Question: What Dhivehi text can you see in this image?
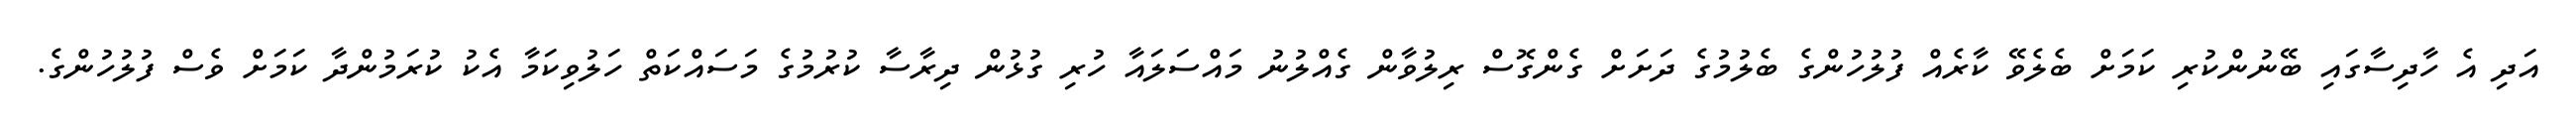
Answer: އަދި އެ ހާދިސާގައި ބޭނުންކުރި ކަމަށް ބެލެވޭ ކާރެއް ފުލުހުންގެ ބެލުމުގެ ދަށަށް ގެންގޮސް ރިލުވާން ގެއްލުނު މައްސަލައާ ހުރި ގުޅުން ދިރާސާ ކުރުމުގެ މަސައްކަތް ހަލުވިކަމާ އެކު ކުރަމުންދާ ކަމަށް ވެސް ފުލުހުންގެ.